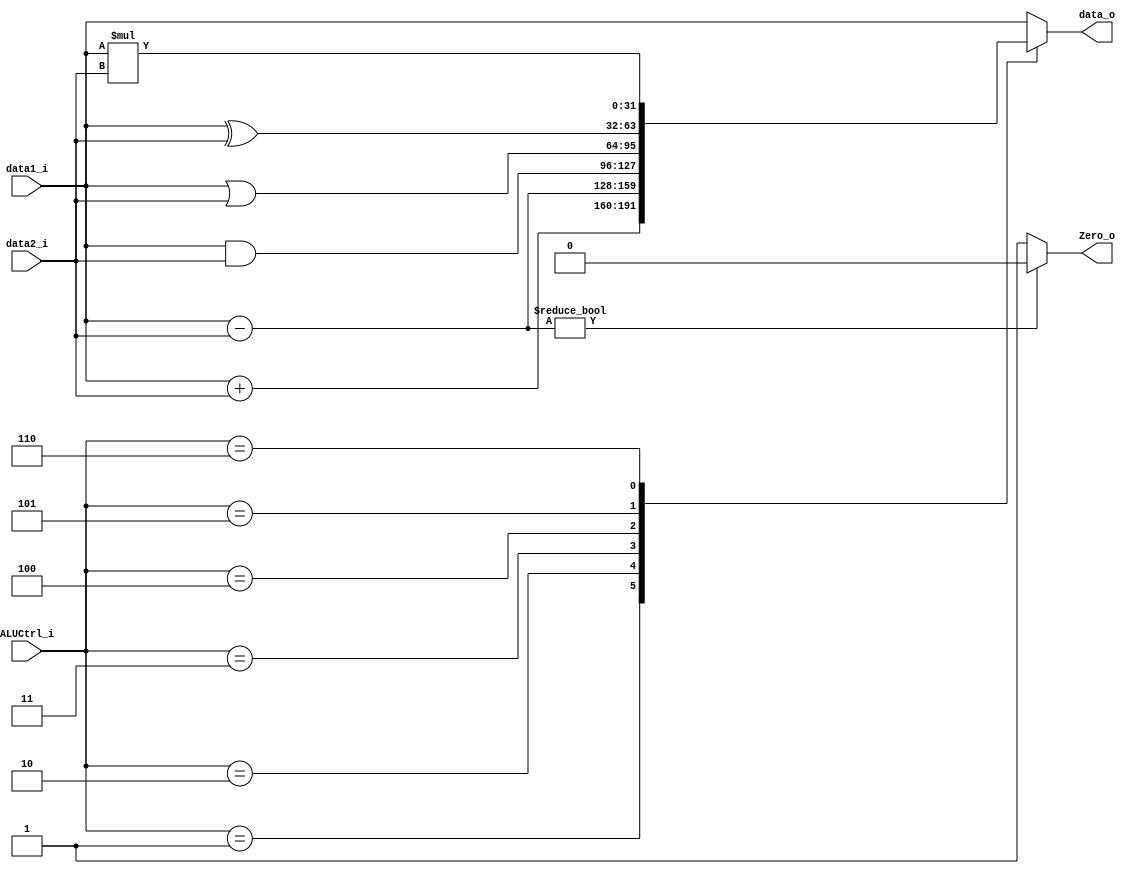
////                                                              ////
////  RISC-V Designe                                              ////
////                                                              ////
////  https://github.com/Abdelazeem201                            ////
////                                                              ////
////  Description                                                 ////
////  Designed RTL of RISC-V system in Verilog                    ////
////                                                              ////
////                                                              ////
////  Author(s):                                                  ////
////      - Ahmed Abdelazeen, ahmed-abdelazeem@outlook.com        ////
////                                                              ////
//////////////////////////////////////////////////////////////////////


module ALU (

	input wire [31:0]  data1_i, data2_i,
	input wire [2 :0]  ALUCtrl_i,
	output reg [31:0]  data_o,
	output reg 		   Zero_o
 );

parameter SUM = 3'b001;
parameter SUB = 3'b010;
parameter AND = 3'b011;
parameter OR  = 3'b100;
parameter XOR = 3'b101;
parameter MUL = 3'b110;


/* implement here */
always@(*)begin
Zero_o   = (data1_i - data2_i)?0:1;
case(ALUCtrl_i)

  SUM : begin
    data_o = data1_i + data2_i;
  end
  SUB : begin
    data_o = data1_i - data2_i;
  end
  AND : begin
    data_o = data1_i & data2_i;
  end
  OR : begin
    data_o = data1_i | data2_i;
  end
  XOR : begin
    data_o = data1_i ^ data2_i;
  end
  MUL : begin
    data_o = data1_i * data2_i;
  end
  default : begin
    data_o = data1_i;
  end

endcase

end

endmodule